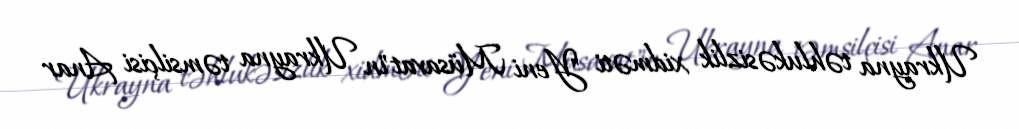
Ukrayna təhlukəsizlik xidməti "Yeni Müsavat"ın Ukrayna təmsilçisi Anar